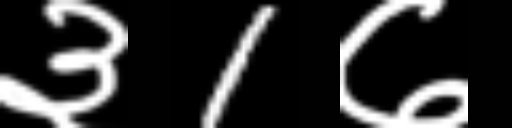
Text: ३1७